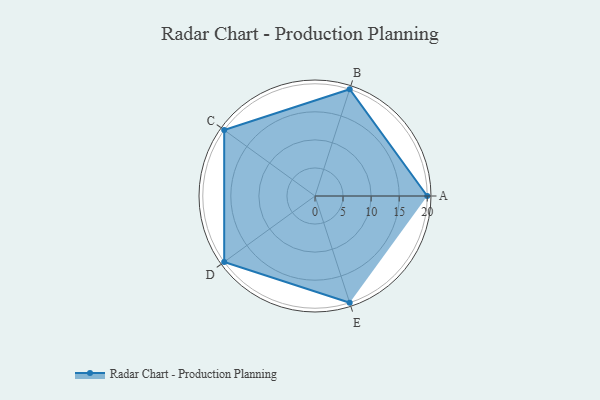
{"axis": {"x": "Skill", "y": "Score"}, "legend": ["Profile"], "data": [{"x": "A", "y": 20, "type": "Profile"}, {"x": "B", "y": 20, "type": "Profile"}, {"x": "C", "y": 20, "type": "Profile"}, {"x": "D", "y": 20, "type": "Profile"}, {"x": "E", "y": 20, "type": "Profile"}]}